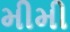
મીમી